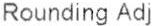
ROUNDING ADJ